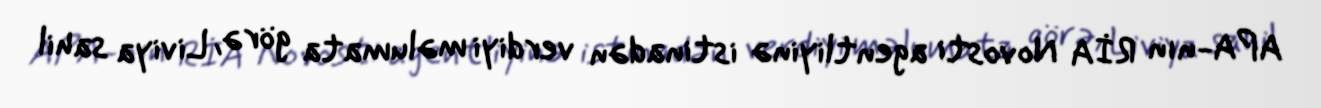
APA-nın RİA Novosti agentliyinə istinadən verdiyi məlumata görə, Liviya sahil